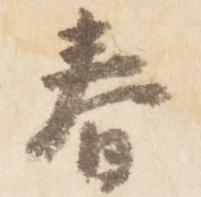
春